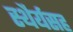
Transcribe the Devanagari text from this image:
स्थैर्यसह